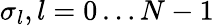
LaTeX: \sigma_{l},l=0\dots N-1